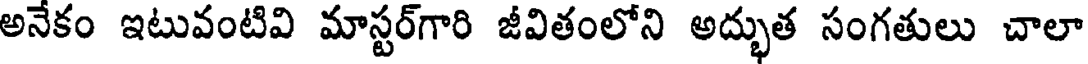
అనేకం ఇటువంటివి మాస్టర్గారి జీవితంలోని అద్భుత సంగతులు చాలా